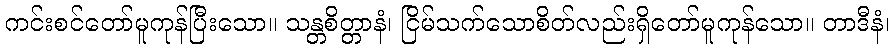
ကင်းစင်တော်မူကုန်ပြီးသော။ သန္တစိတ္တာနံ၊ ငြိမ်သက်သောစိတ်လည်းရှိတော်မူကုန်သော။ တာဒီနံ၊